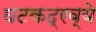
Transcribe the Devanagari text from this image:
घटकद्रव्ये